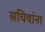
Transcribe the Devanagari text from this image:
सचिवांना